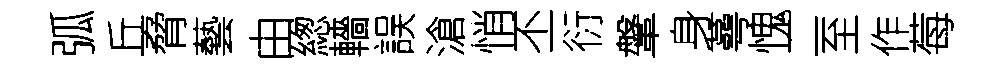
弧丘脅藝由緫轖誤滄悄丕衍鞶身蕚愧二至作莓